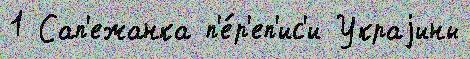
1 Сап'ежанка п'е́р'еп'ис'и Украjины